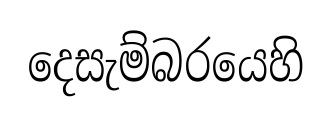
දෙසැම්බරයෙහි